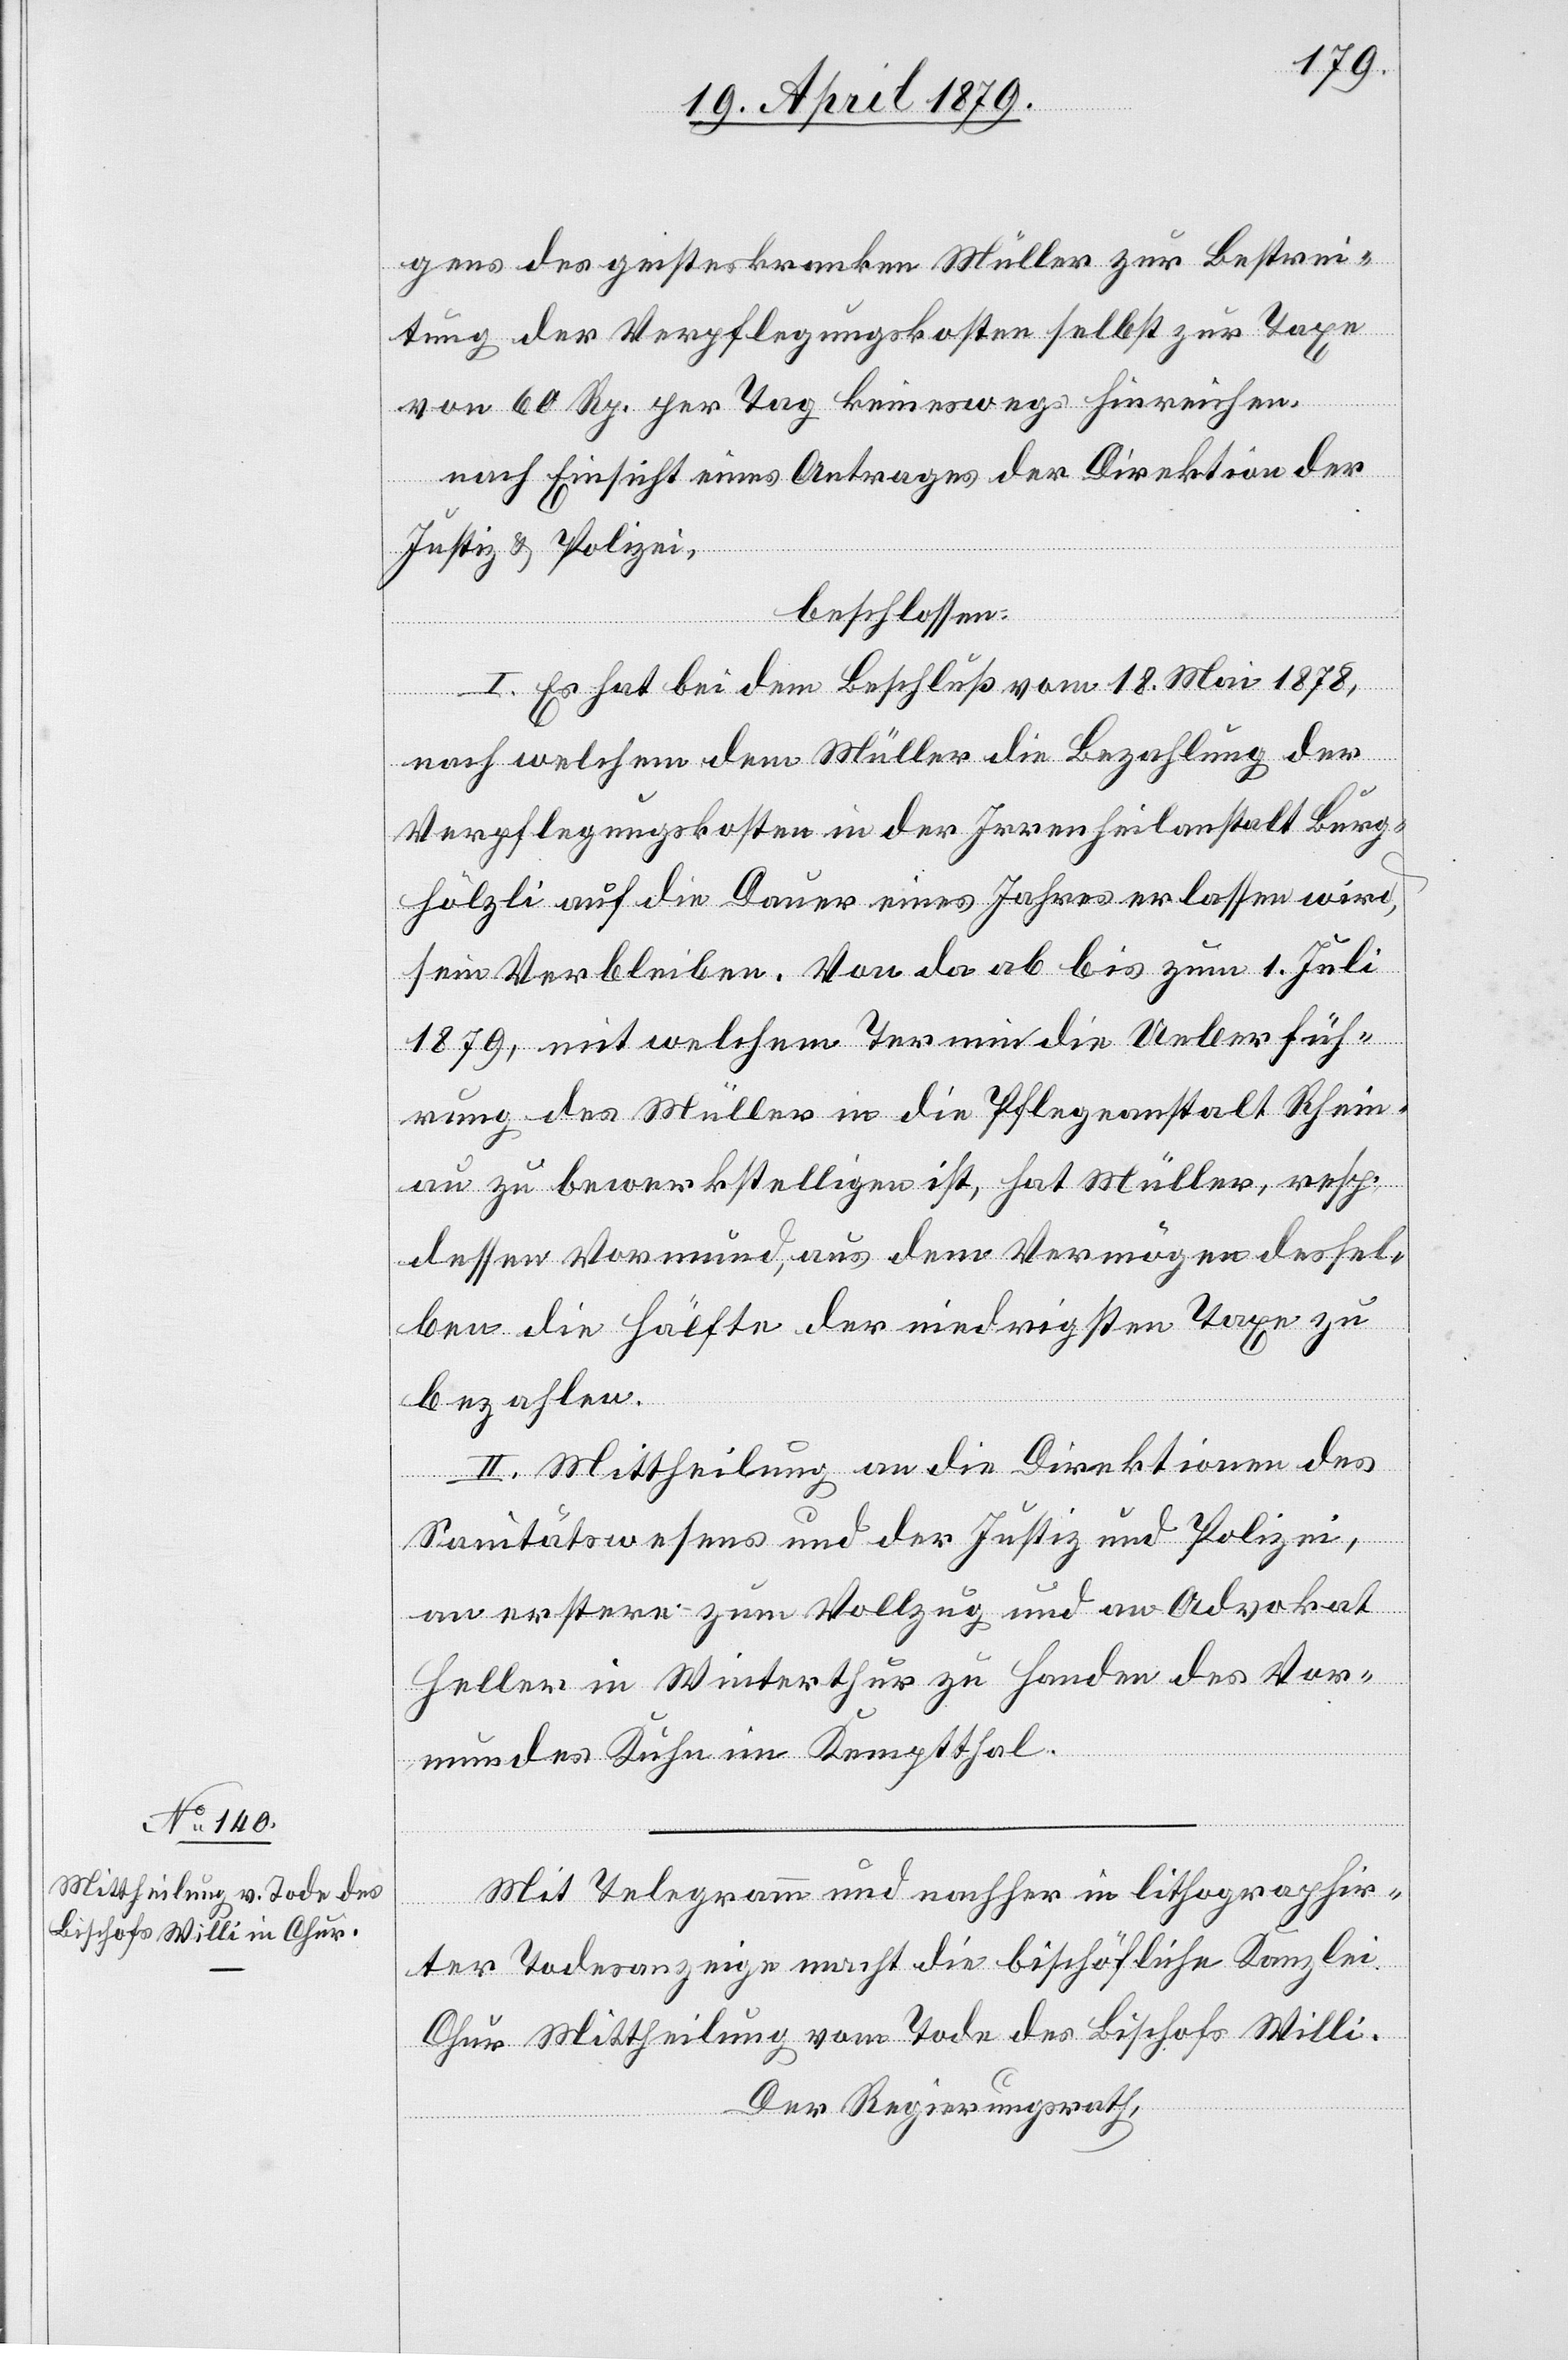
gens des geisteskranken Müller zur Bestrei¬
tung der Verpflegungskosten selbst zur Taxe
von 60 Rp. per Tag keineswegs hinreichen.
nach Einsicht eines Antrages der Direktion der
Justiz & Polizei,
beschlossen:
I. Es hat bei dem Beschluß vom 18. Mai 1878,
nach welchem dem Müller die Bezahlung der
Verpflegungskosten in der Irrenheilanstalt Burg¬
hölzli auf die Dauer eines Jahres erlassen wird,
sein Verbleiben. Von da ab bis zum 1. Juli
1879, mit welchem Termin die Ueberfüh¬
rung des Müller in die Pflegeanstalt Rhein¬
au zu bewerkstelligen ist, hat Müller, resp.
dessen Vormund, aus dem Vermögen dessel¬
ben die Hälfte der niedrigsten Taxe zu
bezahlen.
II. Mittheilung an die Direktionen des
Sanitätswesens und der Justiz und Polizei,
an erstere zum Vollzug und an Advokat
Heller in Winterthur zu Handen des Vor¬
mundes Kuhn im Kemptthal.
Mit Telegramm und nachher in lithographir¬
ter Todesanzeige macht die bischöfliche Kanzlei
Chur Mittheilung vom Tode des Bischofs Willi.
Der Regierungsrath,